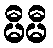
မီမီ